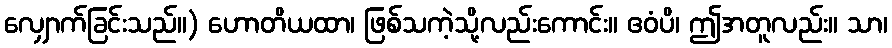
လျှောက်ခြင်းသည်။) ဟောတိယထာ၊ ဖြစ်သကဲ့သို့လည်းကောင်း။ ဧဝံပိ၊ ဤအတူလည်း။ သာ၊